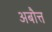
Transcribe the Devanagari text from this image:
अबौत्त